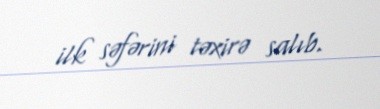
ilk səfərini təxirə salıb.